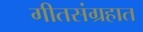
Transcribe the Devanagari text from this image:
गीतसंग्रहात